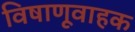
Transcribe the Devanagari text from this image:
विषाणूवाहक